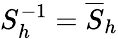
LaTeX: S_{h}^{-1}=\overline{{S}}_{h}